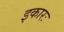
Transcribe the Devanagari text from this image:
इकारः